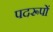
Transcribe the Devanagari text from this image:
पदरूपों